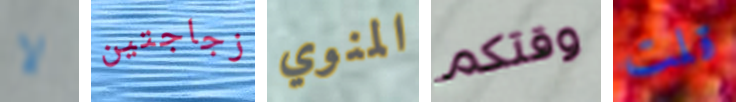
لا زجاجتين المنوي وقتكم قلت